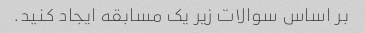
بر اساس سوالات زیر یک مسابقه ایجاد کنید.